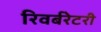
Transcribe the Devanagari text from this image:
रिवर्बरेटरी